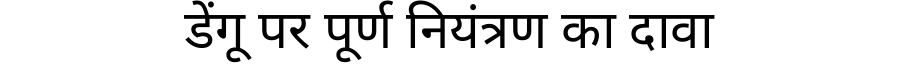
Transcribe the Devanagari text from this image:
डेंगू पर पूर्ण नियंत्रण का दावा